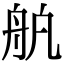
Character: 舧